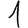
Digit: 1